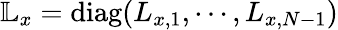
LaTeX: \mathbb{L}_{x}=\textrm{diag}(L_{x,1},\cdots,L_{x,N-1})